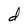
Character: d